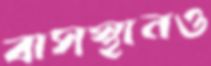
বাসস্থানও